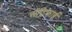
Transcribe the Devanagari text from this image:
सेंट्रिफाई